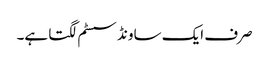
صرف ایک ساونڈ سسٹم لگتا ہے۔